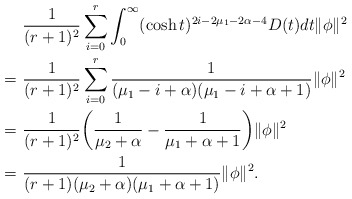
\begin{align*}&~\frac{1}{(r+1)^2}\sum^r_{i=0}\int^\infty_0 (\cosh t)^{2i-2\mu_1-2\alpha-4}D(t)dt\|\phi\|^2 \\=&~\frac{1}{(r+1)^2}\sum^r_{i=0} \frac{1}{(\mu_1-i+\alpha)(\mu_1-i+\alpha+1)}\|\phi\|^2\\=&~\frac{1}{(r+1)^2}\bigg(\frac{1}{\mu_2+\alpha}-\frac{1}{\mu_1+\alpha+1}\bigg)\|\phi\|^2\\=&~\frac{1}{(r+1)(\mu_2+\alpha)(\mu_1+\alpha+1)}\|\phi\|^2.\end{align*}